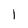
Character: I